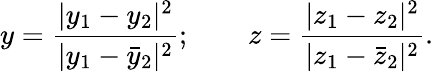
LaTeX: y=\frac{|y_{1}-y_{2}|^{2}}{|y_{1}-{\bar{y}_{2}}|^{2}};\qquad z=\frac{|z_{1}-z_{2}|^{2}}{|z_{1}-{\bar{z}_{2}}|^{2}}.